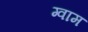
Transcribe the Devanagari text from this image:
ग्वाम